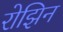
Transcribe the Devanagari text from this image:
रोझिन